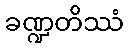
ခဏ္ဍတိဿံ